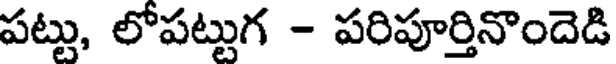
పట్టు, లోపట్టుగ - పరిపూర్తినొందెడి